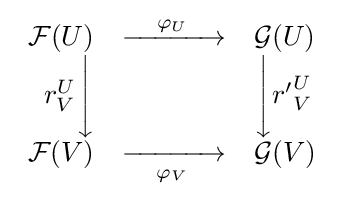
{\begin{array}{rcl}{\mathcal {F}}(U)&\xrightarrow {\quad \varphi _{U}\quad } &{\mathcal {G}}(U)\\r_{V}^{U}{\Biggl \downarrow }&&{\Biggl \downarrow }{r'}_{V}^{U}\\{\mathcal {F}}(V)&{\xrightarrow[{\quad \varphi _{V}\quad }]{}}&{\mathcal {G}}(V)\end{array}}